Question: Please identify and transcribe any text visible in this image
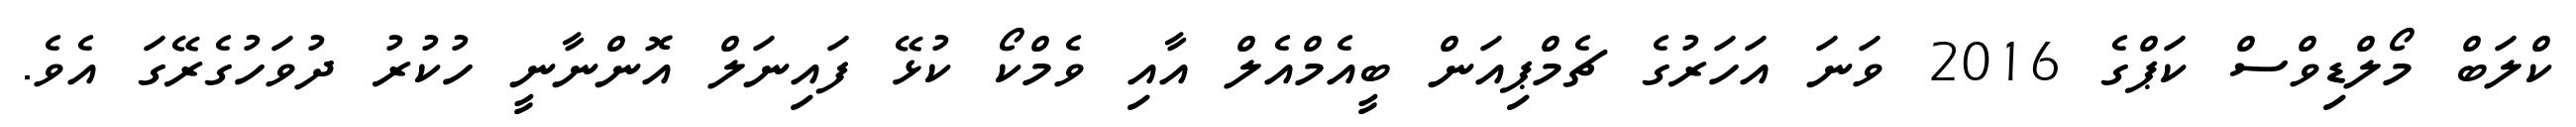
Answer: ކްލަބް މޯލްޑިވްސް ކަޕްގެ 2016 ވަނަ އަހަރުގެ ޗެމްޕިއަން ބީއެމްއެލް އާއި ވެމްކޯ ކުޅޭ ފައިނަލް އޮންނާނީ ހުކުރު ދުވަހުގެރޭގަ އެވެ.